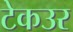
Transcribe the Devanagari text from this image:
टेकउर